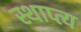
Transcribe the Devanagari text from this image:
स्थाप्त्य